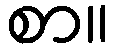
စာ။